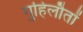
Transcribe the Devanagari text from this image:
गुहिलौतों